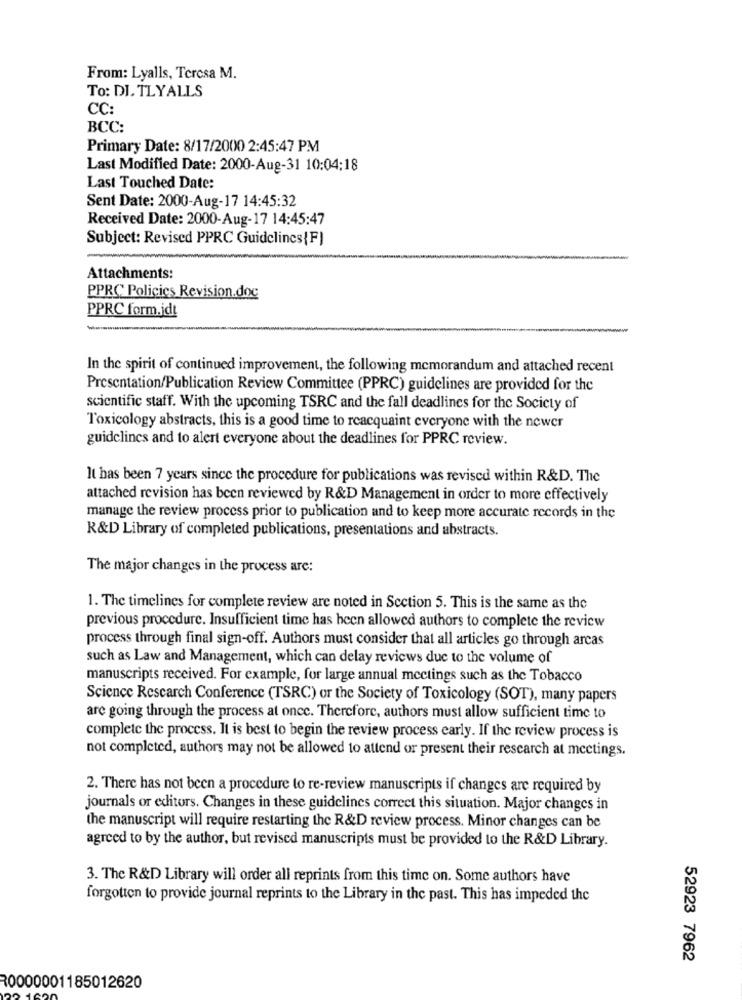
From: Lyalls, Teresa M.
To: DI. TLYALLS
CC:
BCC:
Primary Date: 8/17/2000 2:45:47 PM
Last Modified Date: 2000-Aug-31 10:04:18
Last Touched Date:
Sent Date: 2000-Aug-17 14:45:32
Received Date: 2000-Aug-17 14:45:47
Subject: Revised PPRC Guidelines{F)
Attachments:
PPRC Policies Revision.doc
PPRC form.jd!
-
In the spirit of continued improvement, the following memorandum and attached recent
Presentation/Publication Review Committee (PPRC) guidelines are provided for the
scientific staff. With the upcoming TSRC and the fall deadlines for the Society of
Toxicology abstracts, this is a good time to reacquaint everyone with the newer
guidelines and to alert everyone about the deadlines for PPRC review.
It has been 7 years since the procedure for publications was revised within R&D. The
attached revision has been reviewed by R&D Management in order to more effectively
manage the review process prior to publication and to keep more accurate records in the
R&D Library of completed publications, presentations and abstracts.
The major changes in the process are:
1. The timelines for complete review are noted in Section 5. This is the same as the
previous procedure. Insufficient time has been allowed authors to complete the review
process through final sign-off. Authors must consider that all articles go through arcas
such as Law and Management, which can delay reviews due to the volume of
manuscripts received. For example, for large annual meetings such as the Tobacco
Science Research Conference (TSRC) or the Society of Toxicology (SOT), many papers
are going through the process at once. Therefore, authors must allow sufficient time to
complete the process. It is best to begin the review process early. If the review process is
not completed, authors may not be allowed to attend or present their rescarch at mectings.
2. There has not been a procedure to re-review manuscripts if changes are required by
journals or editors. Changes in these guidelines correct this situation. Major changes in
the manuscript will require restarting the R&D review process. Minor changes can be
agreed to by the author, but revised manuscripts must be provided to the R&D Library.
3. The R&D Library will order all reprints from this time on. Some authors have
forgotten to provide journal reprints to the Library in the past. This has impeded the
52923 7962
30000001185012620